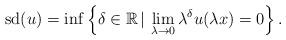
LaTeX: \begin{align*} \mathrm{sd}(u) = \inf \left\{ \delta \in \mathbb{R} \,|\, \lim_{\lambda \rightarrow 0} \lambda^{\delta} u(\lambda x) = 0 \right\}.\end{align*}